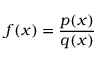
f ( x ) = { \frac { p ( x ) } { q ( x ) } }